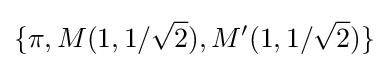
\{\pi ,M(1,1/{\sqrt {2}}),M'(1,1/{\sqrt {2}})\}